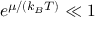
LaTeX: e ^ { \mu / ( k _ { B } T ) } \ll 1